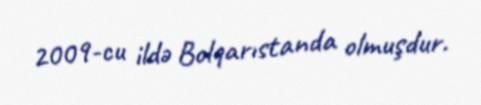
2009-cu ildə Bolqarıstanda olmuşdur.